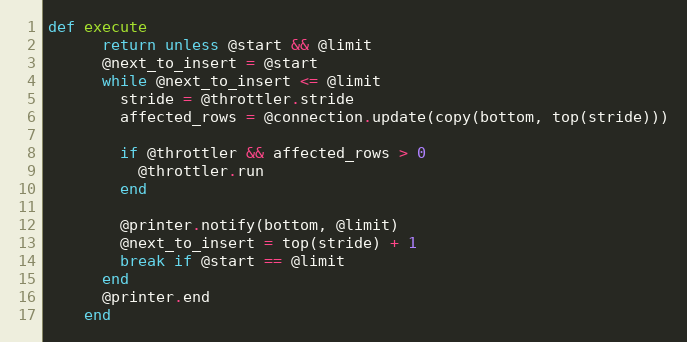
Language: Ruby
def execute
      return unless @start && @limit
      @next_to_insert = @start
      while @next_to_insert <= @limit
        stride = @throttler.stride
        affected_rows = @connection.update(copy(bottom, top(stride)))

        if @throttler && affected_rows > 0
          @throttler.run
        end

        @printer.notify(bottom, @limit)
        @next_to_insert = top(stride) + 1
        break if @start == @limit
      end
      @printer.end
    end